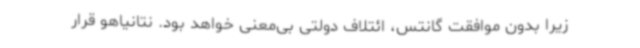
زیرا بدون موافقت گانتس، ائتلاف دولتی بی‌معنی خواهد بود. نتانیاهو قرار